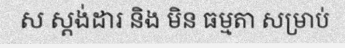
ស ស្តង់ដារ និង មិន ធម្មតា សម្រាប់